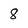
Character: 8